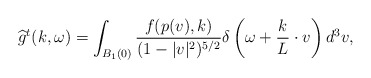
\begin{align*}\widehat{g}^{t}(k,\omega) = \int_{B_1(0)} \frac{f(p(v),k)}{(1-|v|^2)^{5/2}} \delta\left(\omega + \frac{k}{L} \cdot v \right)d^3v,\end{align*}